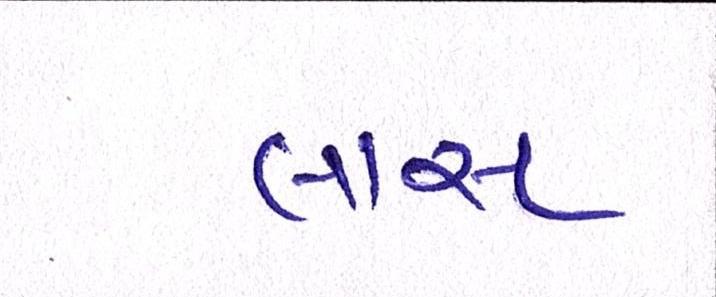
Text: લાસ